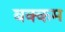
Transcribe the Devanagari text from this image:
बक्कम